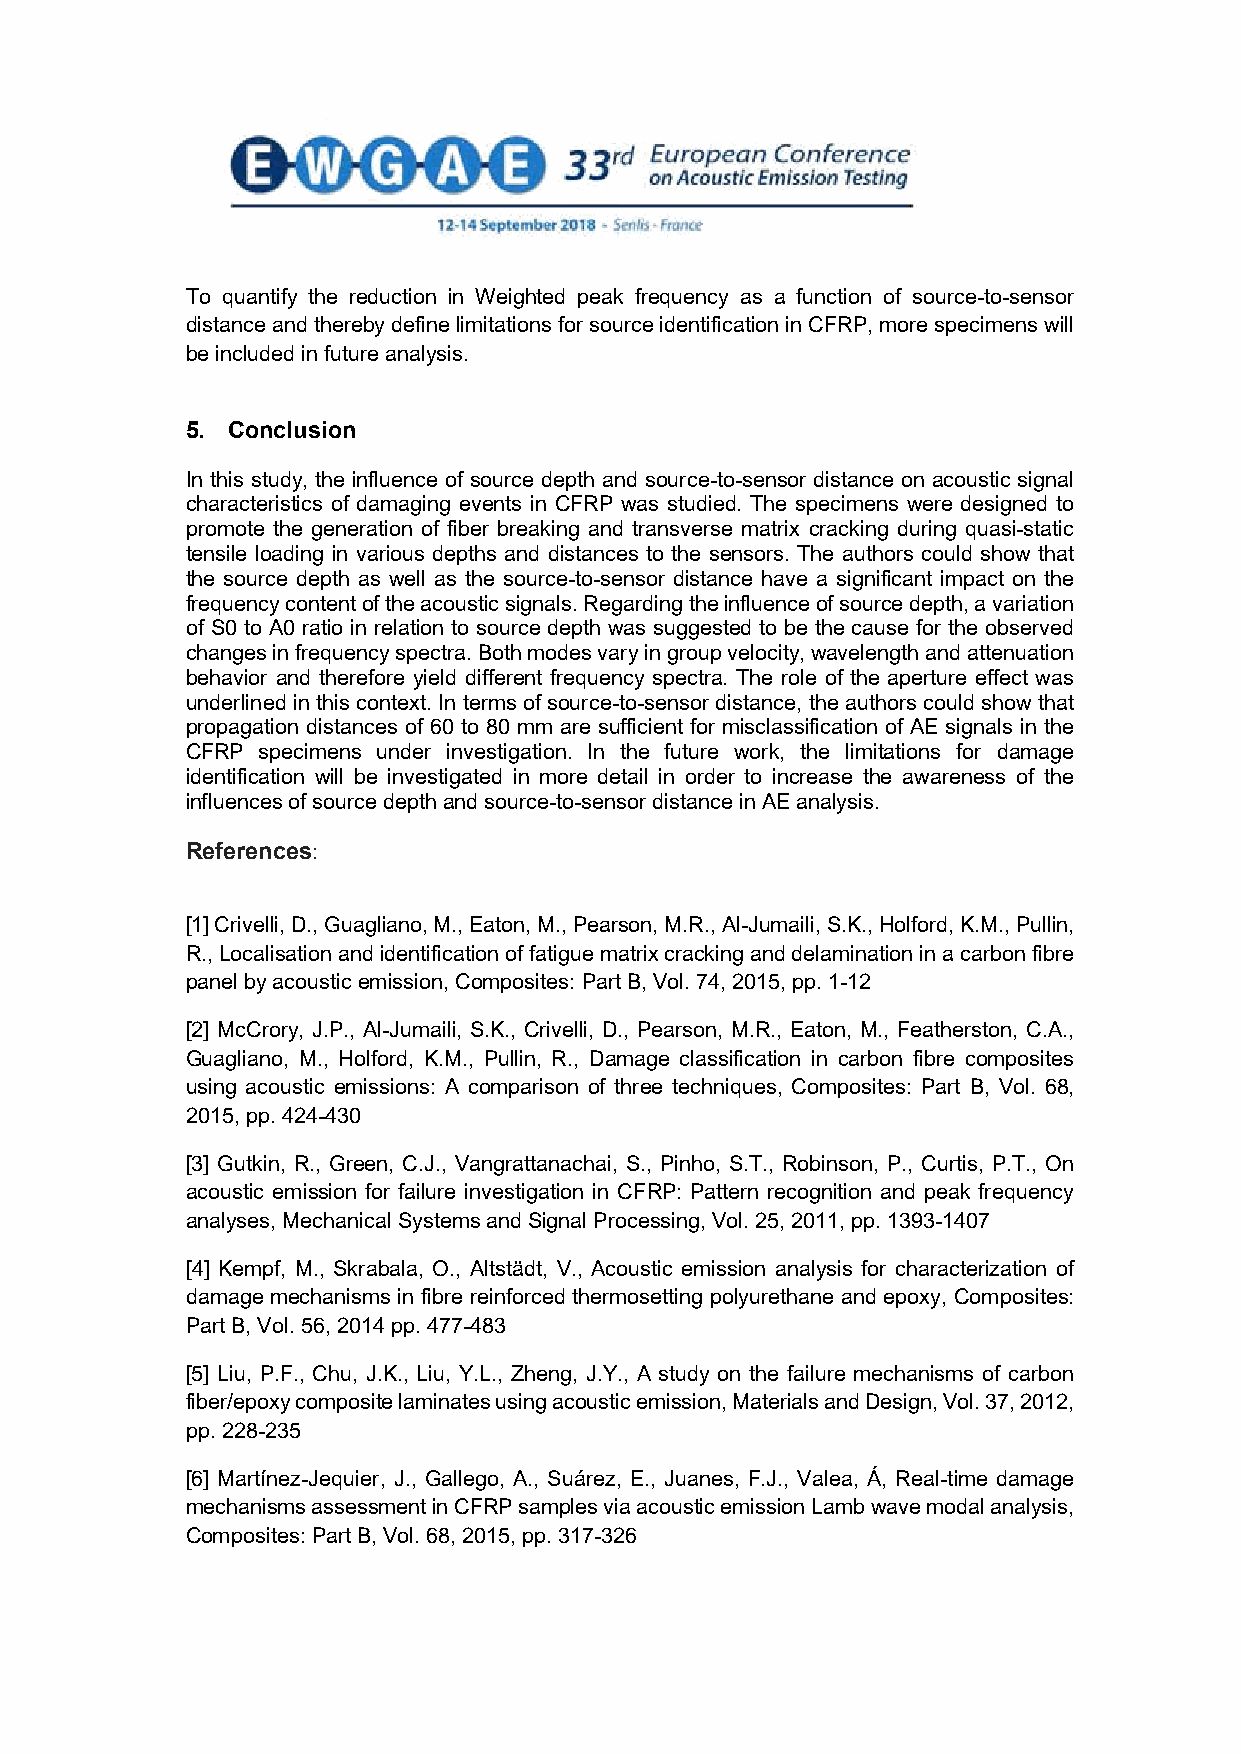
To quantify the reduction in Weighted peak frequency as a function of source-to-sensor
 distance and thereby define limitations for source identification in CFRP, more specimens will
 be included in future analysis.
 5. Conclusion
 In this study, the influence of source depth and source-to-sensor distance on acoustic signal
 characteristics of damaging events in CFRP was studied. The specimens were designed to
 promote the generation of fiber breaking and transverse matrix cracking during quasi-static
 tensile loading in various depths and distances to the sensors. The authors could show that
 the source depth as well as the source-to-sensor distance have a significant impact on the
 frequency content of the acoustic signals. Regarding the influence of source depth, a variation
 of S0 to A0 ratio in relation to source depth was suggested to be the cause for the observed
 changes in frequency spectra. Both modes vary in group velocity, wavelength and attenuation
 behavior and therefore yield different frequency spectra. The role of the aperture effect was
 underlined in this context. In terms of source-to-sensor distance, the authors could show that
 propagation distances of 60 to 80 mm are sufficient for misclassification of AE signals in the
 CFRP specimens under investigation. In the future work, the limitations for damage
 identification will be investigated in more detail in order to increase the awareness of the
 influences of source depth and source-to-sensor distance in AE analysis.
 References:
 [1] Crivelli, D., Guagliano, M., Eaton, M., Pearson, M.R., Al-Jumaili, S.K., Holford, K.M., Pullin,
 R., Localisation and identification of fatigue matrix cracking and delamination in a carbon fibre
 panel by acoustic emission, Composites: Part B, Vol. 74, 2015, pp. 1-12
 [2] McCrory, J.P., Al-Jumaili, S.K., Crivelli, D., Pearson, M.R., Eaton, M., Featherston, C.A.,
 Guagliano, M., Holford, K.M., Pullin, R., Damage classification in carbon fibre composites
 using acoustic emissions: A comparison of three techniques, Composites: Part B, Vol. 68,
 2015, pp. 424-430
 [3] Gutkin, R., Green, C.J., Vangrattanachai, S., Pinho, S.T., Robinson, P., Curtis, P.T., On
 acoustic emission for failure investigation in CFRP: Pattern recognition and peak frequency
 analyses, Mechanical Systems and Signal Processing, Vol. 25, 2011, pp. 1393-1407
 [4] Kempf, M., Skrabala, O., Altstädt, V., Acoustic emission analysis for characterization of
 damage mechanisms in fibre reinforced thermosetting polyurethane and epoxy, Composites:
 Part B, Vol. 56, 2014 pp. 477-483
 [5] Liu, P.F., Chu, J.K., Liu, Y.L., Zheng, J.Y., A study on the failure mechanisms of carbon
 fiber/epoxy composite laminates using acoustic emission, Materials and Design, Vol. 37, 2012,
 pp. 228-235
 [6] Martínez-Jequier, J., Gallego, A., Suárez, E., Juanes, F.J., Valea, Á, Real-time damage
 mechanisms assessment in CFRP samples via acoustic emission Lamb wave modal analysis,
 Composites: Part B, Vol. 68, 2015, pp. 317-326
 11